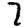
Digit: 7